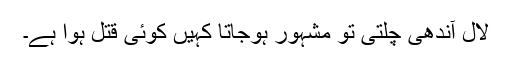
لال آندھی چلتی تو مشہور ہوجاتا کہیں کوئی قتل ہوا ہے۔